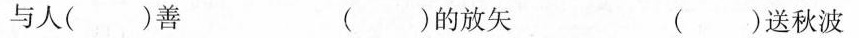
与人( )善 ( )的放矢 ( )送秋波